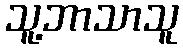
သူ့ဘာသာသူ